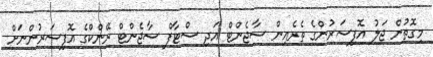
މިގޮތުން ޖަލު އޮފިސަރުންގެ ތެރެއިން ސާޖެންޓް އަދި ސްޓާފް ސާޖެންޓް ރޭންކްގެ އޮފިސަރުންނަށް